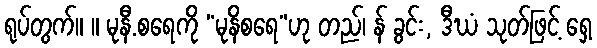
ရုပ်တွက်။ ။ မုနီ.စရေကို “မုနိစရေ”ဟု တည်၊ န် ခွင်း, ဒီဃံ သုတ်ဖြင့် ရှေ့